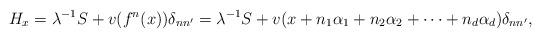
LaTeX: \begin{align*}H_x=\lambda^{-1}S+ v(f^n(x))\delta_{nn^\prime}=\lambda^{-1}S+ v(x+n_1\alpha_1+n_2\alpha_2+\cdots +n_d\alpha_d)\delta_{nn^\prime},\end{align*}